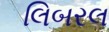
લિબરલ